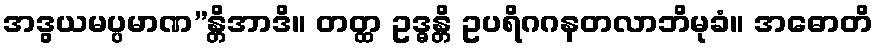
အဒွယမပ္ပမာဏ”န္တိအာဒိ။ တတ္ထ ဥဒ္ဓန္တိ ဥပရိဂဂနတလာဘိမုခံ။ အဓောတိ